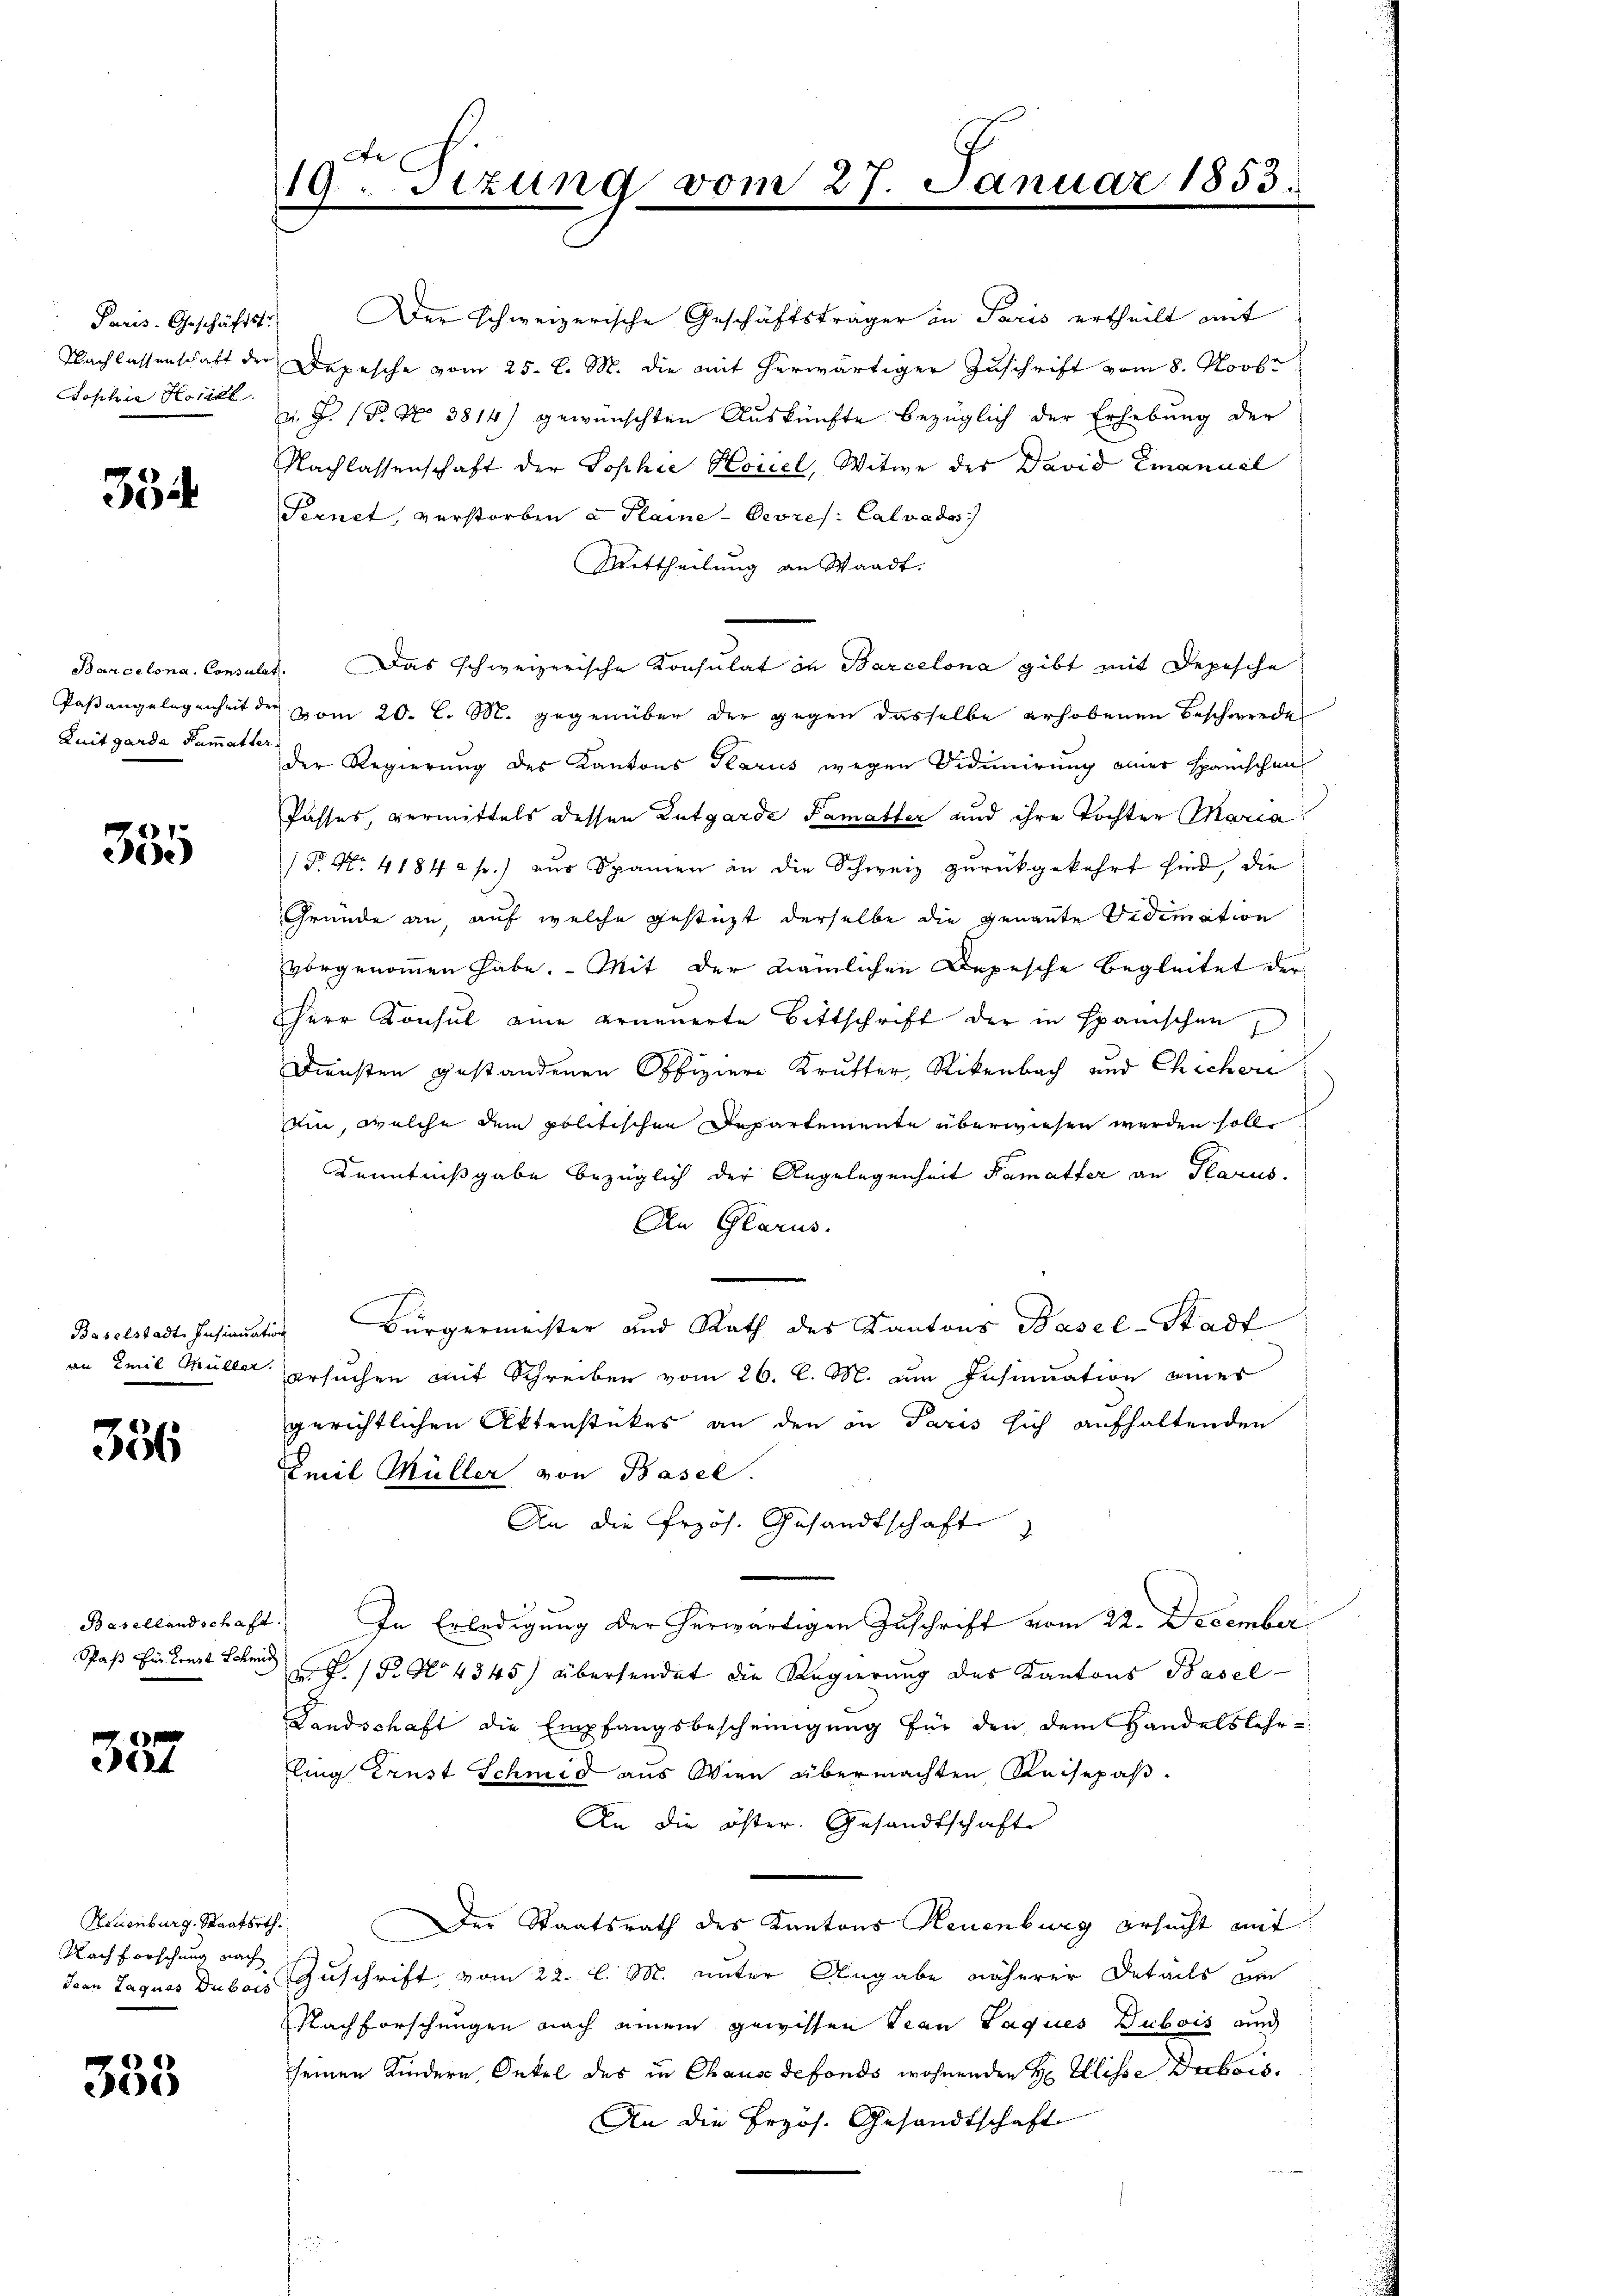
35

Luitgarda Rammatter

355

356

357

Neuenburg, Staatsrth.
Nachforschung nach

333

Paris. Geschäftstr. Der schweizerische Geschäftsträger in Paris ertheilt mit
Nachlassenschaft der Depesche vom 25. d. M. die mit herwärtiger Zuschrift vom 8. Novbr
Joschie Hotel u. F. P. Nr. 3814) gewünschten Auskünfte bezüglich der Erhebung der
Nachlassenschaft der Sophie Koitel, Witwe der David Emanuel
Fernet, verstorben a Plaine-Cevres. Calvades
Mittheilung an Waadt.
Barcelona, Consulat. Das schweizerische Konsulat in Barcelona gibt mit Depesche
Paßangelegenheit der vom 20. L. M. gegenüber der gegen dasselbe erhobenen Beschwerde
der Regierung des Kantons Glarus wegen Viduirung einer spanischen
Passes, vermittels dessen Zutgarde Famatter und ihre Tochten Maria
P No. 41842 f.) aus Spanien an die Schweiz zurückgekehrt sind, die
Gründe an, auf welche gestüzt derselbe die genannte Vidimation
vorgenoṁen habe. Mit der nämlichen Depesche Begleitet der
Herr Konsul eine erneuerte Bittschrift der in Spanischen,
Diensten gestandenen Offiziere Krutter, Rikenbach und Chichor
tin, welche dem politischen Departemente überwiesen werden soll.
Kenntnißgabe bezüglich der Angelegenheit Kamatter an Glarus.
An Glarus.
Baselstadt Insinuation Bürgermeister und Rath des Kantons Basel-Stadt
an Emil Müller ersuchen mit Schreiben vom 26. l. M. um Insinuation eines
gerichtlichen Aktenstückes an den in Paris sich aufhaltenden
Emil Müller von Basel.
An die Przös. Gesandtschaft
Basellandschaft. In Erledigung der herwärtigen Zuschrift vom 22. December
Paß Ein konst Schmid G. P. Nr 4345) übersendet die Regierung des Kantons Basel-
Landschaft die Empfangsbescheinigung für den dem Handelslehr-
ling Ernst Schmid aus Wien übermachten Reisepaß¬
An die öster. Gesandtschafte
Der Staatsrath des Kantons Neuenburg ersucht mit
Jean Jaquas Dubois Zuschrift vom 22. l. M. unter Angabe näherer Details am
Nachforschungen nach einem gewissen Trau Jaques Dubois an
seinen Kindern, Onkel des in Chause defonds wohnenden H. Elisse Dubois.
An die Erzös. Gesandtschaft

e
19. Sizung vom 27. Januar

1853